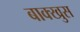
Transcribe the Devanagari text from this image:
बाक्खुस